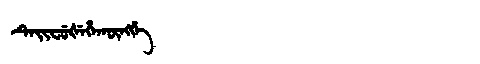
Manchu: ᡨᡝᡳᠸᡠᡧᡝᡥᠠᡴᡡᠩᡤᡝ
Romanization: TEIFUŠEHAKŪNGGE